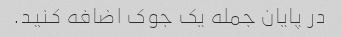
در پایان جمله یک جوک اضافه کنید.